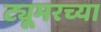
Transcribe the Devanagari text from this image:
ट्यूमरच्या